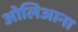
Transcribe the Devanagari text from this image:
ओलिआना